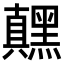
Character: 𬹙